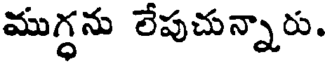
ముగ్ధను లేపుచున్నారు.